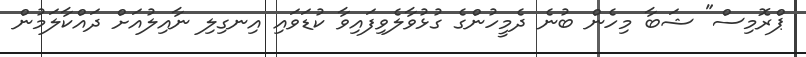
ޕްރޮމިސް" ޝަބާ މިހެން ބުނެ ދެމީހުންގެ ގުޅުވާލެވިފައިވާ ކުޑަވައި އިނގިލި ނާއިލުއަށް ދައްކާލަމުން